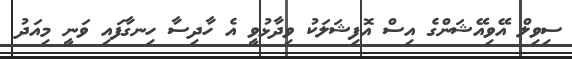
ސިވިލް އޭވިއޭޝަންގެ އިސް އޮފިޝަލަކު ވިދާޅުވީ އެ ހާދިސާ ހިނގާފައި ވަނީ މިއަދު